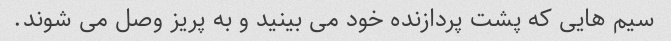
سیم هایی که پشت پردازنده خود می بینید و به پریز وصل می شوند.